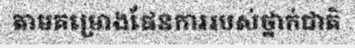
តាមគម្រោងផែនការរបស់ថ្នាក់ជាតិ